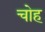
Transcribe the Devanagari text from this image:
चोह